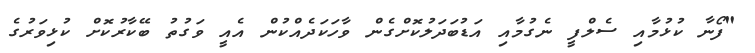
"ފޯނާ ކުޅުމާއި ސެލްފީ ނެގުމާއި އަޑުބަދަލުކޮށްގެން ވާހަކަދެއްކުން އެއީ ވަގުތު ބޭކާރުކޮށް ކުޅިވަރުގެ